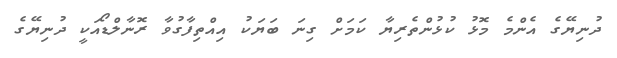
ދުނިޔޭގެ އެންމެ މޮޅު ކުޅުންތެރިޔާ ކަމަށް ގިނަ ބަޔަކު އިއްތިފާގުވާ ރޮނާލްޑޯއަކީ ދުނިޔޭގެ